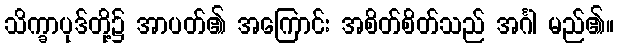
သိက္ခာပုဒ်တို့၌ အာပတ်၏ အကြောင်း အစိတ်စိတ်သည် အင်္ဂါ မည်၏။